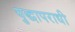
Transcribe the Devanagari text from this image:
युद्धापराधी